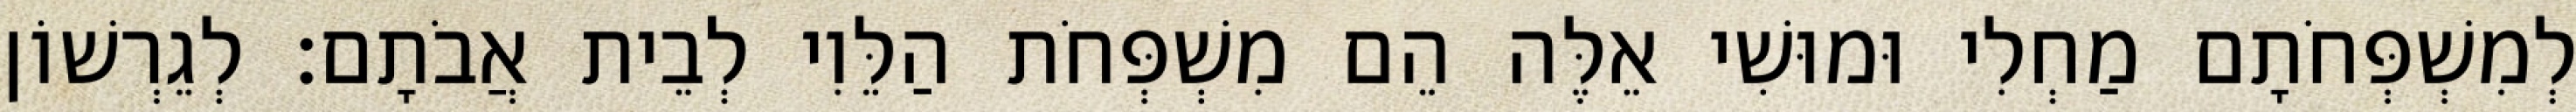
לְמִשְׁפְּחֹתָם מַחְלִי וּמוּשִׁי אֵלֶּה הֵם מִשְׁפְּחֹת הַלֵּוִי לְבֵית אֲבֹתָם׃ לְגֵרְשׁוֹן